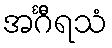
အင်္ဂီရသံ